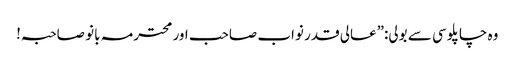
وہ چاپلوسی سے بولی:”عالی قدر نواب صاحب اور محترمہ بانو صاحبہ!